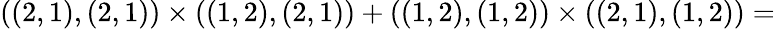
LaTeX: ((2,1),(2,1))\times((1,2),(2,1))+((1,2),(1,2))\times((2,1),(1,2))=